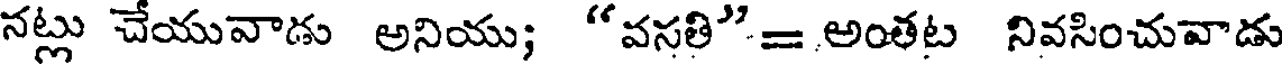
నట్లు చేయువాడు అనియు; "వసతి"= అంతట నివసించువాడు